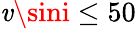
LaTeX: \mathit{v}\sini\leq50